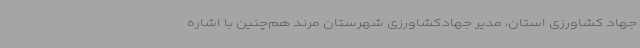
جهاد کشاورزی استان، مدیر جهادکشاورزی شهرستان مرند هم‌چنین با اشاره